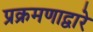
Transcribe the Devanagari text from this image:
प्रक्रमणाद्वारे